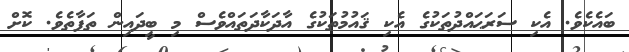
ބައެކެވެ. އެކި ސަރަޙައްދުތަކުގެ އެކި ޤައުމުތަކުގެ އާދަކާދަތައްވެސް މި ބީދައިން ތަފާތެވެ. ކޮށް